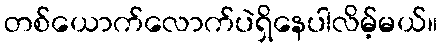
တစ်ယောက်လောက်ပဲရှိနေပါလိမ့်မယ်။